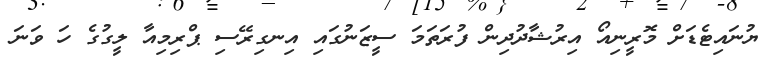
ޔުނައިޓެޑަށް މޮރީނިއޯ އިރުޝާދުދިން ފުރަތަމަ ސީޒަނުގައި އިނގިރޭސި ޕްރިމިއާ ލީގުގެ ހަ ވަނަ